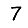
Digit: 7